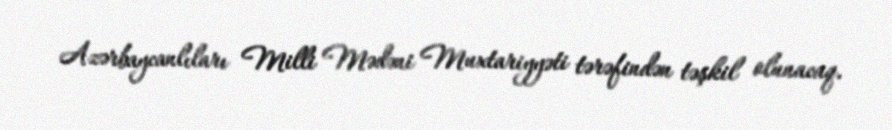
Azərbaycanlıları Milli Mədəni Muxtariyyəti tərəfindən təşkil olunacaq.